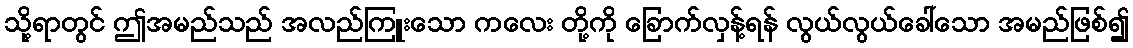
သို့ရာတွင် ဤအမည်သည် အလည်ကြူးသော ကလေး တို့ကို ခြောက်လှန့်ရန် လွယ်လွယ်ခေါ်သော အမည်ဖြစ်၍